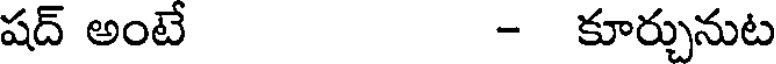
షద్ అంటే - కూర్చునుట